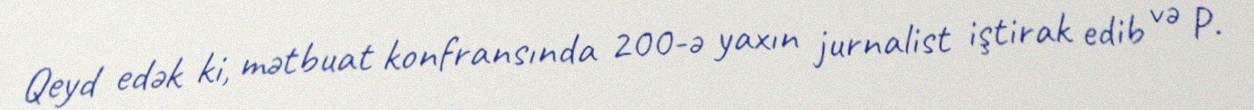
Qeyd edək ki, mətbuat konfransında 200-ə yaxın jurnalist iştirak edib və P.